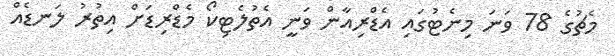
މެޗުގެ 78 ވަނަ މިނެޓުގައި އެޑްރިއާން ވަނީ އެތުލެޓިކޯ މެޑްރިޑަށް އިތުރު ލަނޑެއް